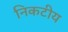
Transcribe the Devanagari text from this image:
निकटीय